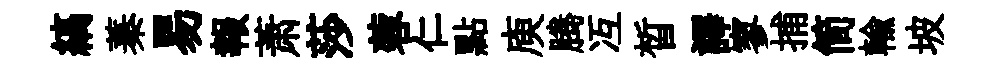
縞蓁易報萧莎蓉仁點庾腾冱晳譯寥捕简輸坡